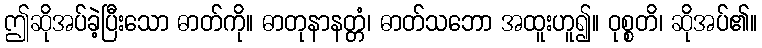
ဤဆိုအပ်ခဲ့ပြီးသော ဓာတ်ကို။ ဓာတုနာနတ္တံ၊ ဓာတ်သဘော အထူးဟူ၍။ ဝုစ္စတိ၊ ဆိုအပ်၏။